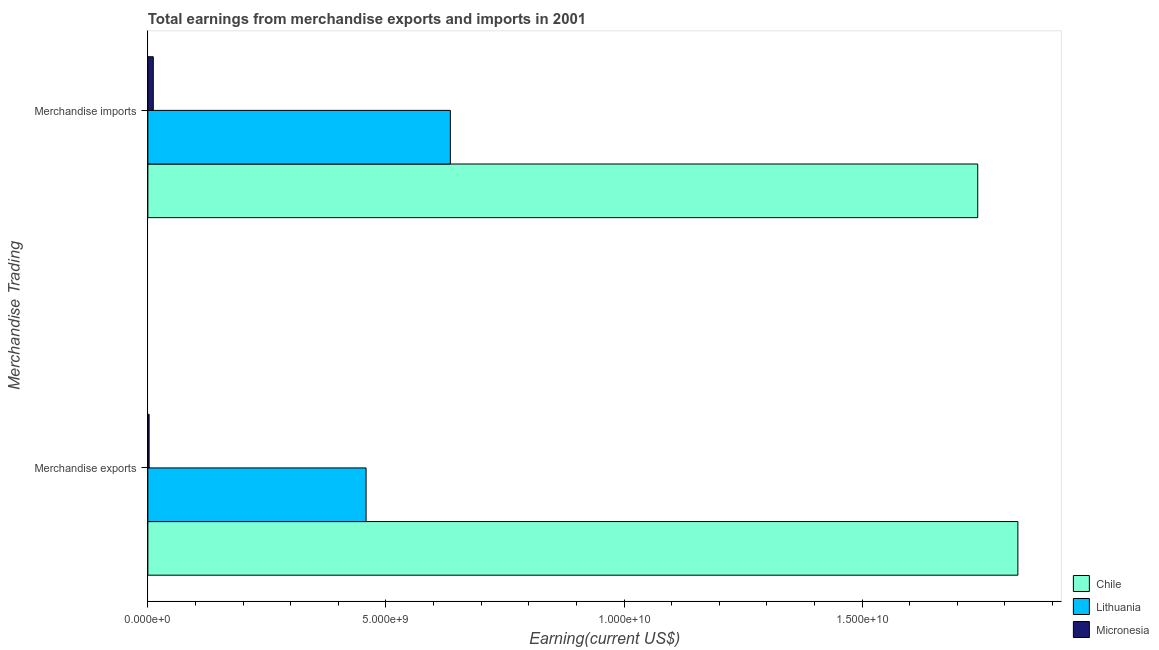
| Merchandise Trading | Chile | Lithuania | Micronesia |
 | --- | --- | --- | --- |
 | Merchandise exports | 1.83e+10 | 4.58e+09 | 2.65e+07 |
 | Merchandise imports | 1.74e+10 | 6.35e+09 | 1.14e+08 |